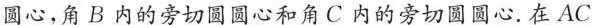
圆心，角B内的旁切圆圆心和角C内的旁切圆圆心.在AC